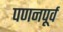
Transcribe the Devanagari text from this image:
पणनपूर्व